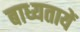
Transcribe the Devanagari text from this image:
बाध्यतायें